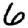
Digit: 6